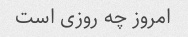
امروز چه روزی است